Document type: Recognition
Year: 1437
Scribe: Pere Ponçgem
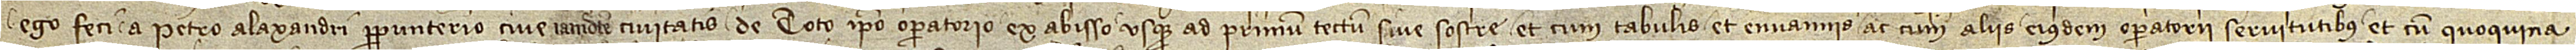
ego feci a Petro Alaxandri, perpunterio, cive iamdicte civitatis, de toto ipso operatorio ex abisso usque ad primum tectum sive sostre, et cum tabulis et envannis, ac cum aliis eiusdem operatorii servitutibus et cum quoquina